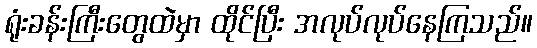
ရုံးခန်းကြီးတွေထဲမှာ ထိုင်ပြီး အလုပ်လုပ်နေကြသည်။